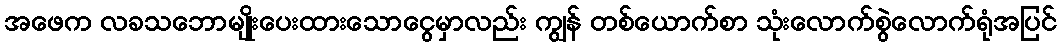
အဖေက လခသဘောမျိုးပေးထားသောငွေမှာလည်း ကျွန် တစ်ယောက်စာ သုံးလောက်စွဲလောက်ရုံအပြင်